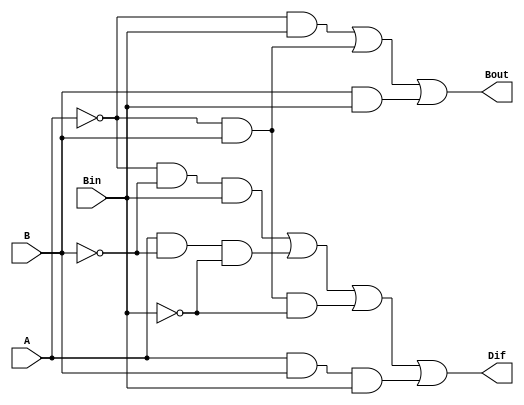
//Objective:
//Create a full subtractor
`timescale 1ns / 1ps
module FullSubtractor(A,B,Bin,Dif,Bout);
input A,B,Bin;
output Dif,Bout;

assign Dif = !(A)&!(B)&Bin | A&!(B)&!(Bin) | !(A)&B&!(Bin) | A&B&Bin;
assign Bout = !(A)&Bin | !(A)&B | B&Bin;

endmodule